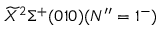
\widetilde { X } ^ { 2 } \Sigma ^ { + } ( 0 1 0 ) ( N ^ { \prime \prime } = 1 ^ { - } )